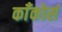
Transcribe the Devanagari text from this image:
काँकोर्स